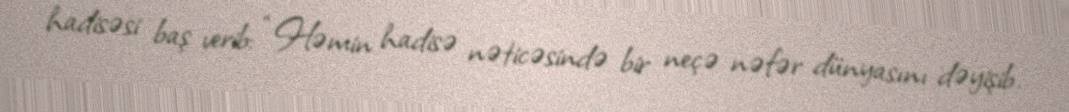
hadisəsi baş verib: “Həmin hadisə nəticəsində bir neçə nəfər dünyasını dəyişib.